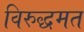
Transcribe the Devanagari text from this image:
विरुद्धमत